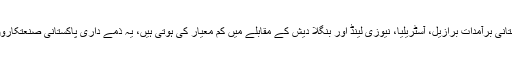
دوسری اہم وجہ پاکستانی اشیا کا معیار ہے، پاکستانی برآمدات برازیل، آسٹریلیا، نیوزی لینڈ اور بنگلا دیش کے مقابلے میں کم معیار کی ہوتی ہیں، یہ ذمے داری پاکستانی صنعتکاروں اور برآمدکنندگان کی ہے کہ معیار کو بڑھائیں۔